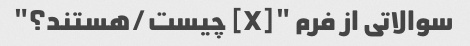
سوالاتی از فرم "[X] چیست/هستند؟"